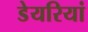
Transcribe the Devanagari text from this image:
डेयरियां